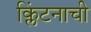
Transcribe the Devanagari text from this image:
क्लिंटनाची